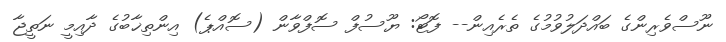
ނޫސްވެރިންގެ ބައްދަލުވުމުގެ ތެރެއިން-- ފޮޓޯ: ޔޫސުފް ސޮފްވާން (ސޮއްޕެ) އިންތިޚާބުގެ ދާއިމީ ނަތީޖާ